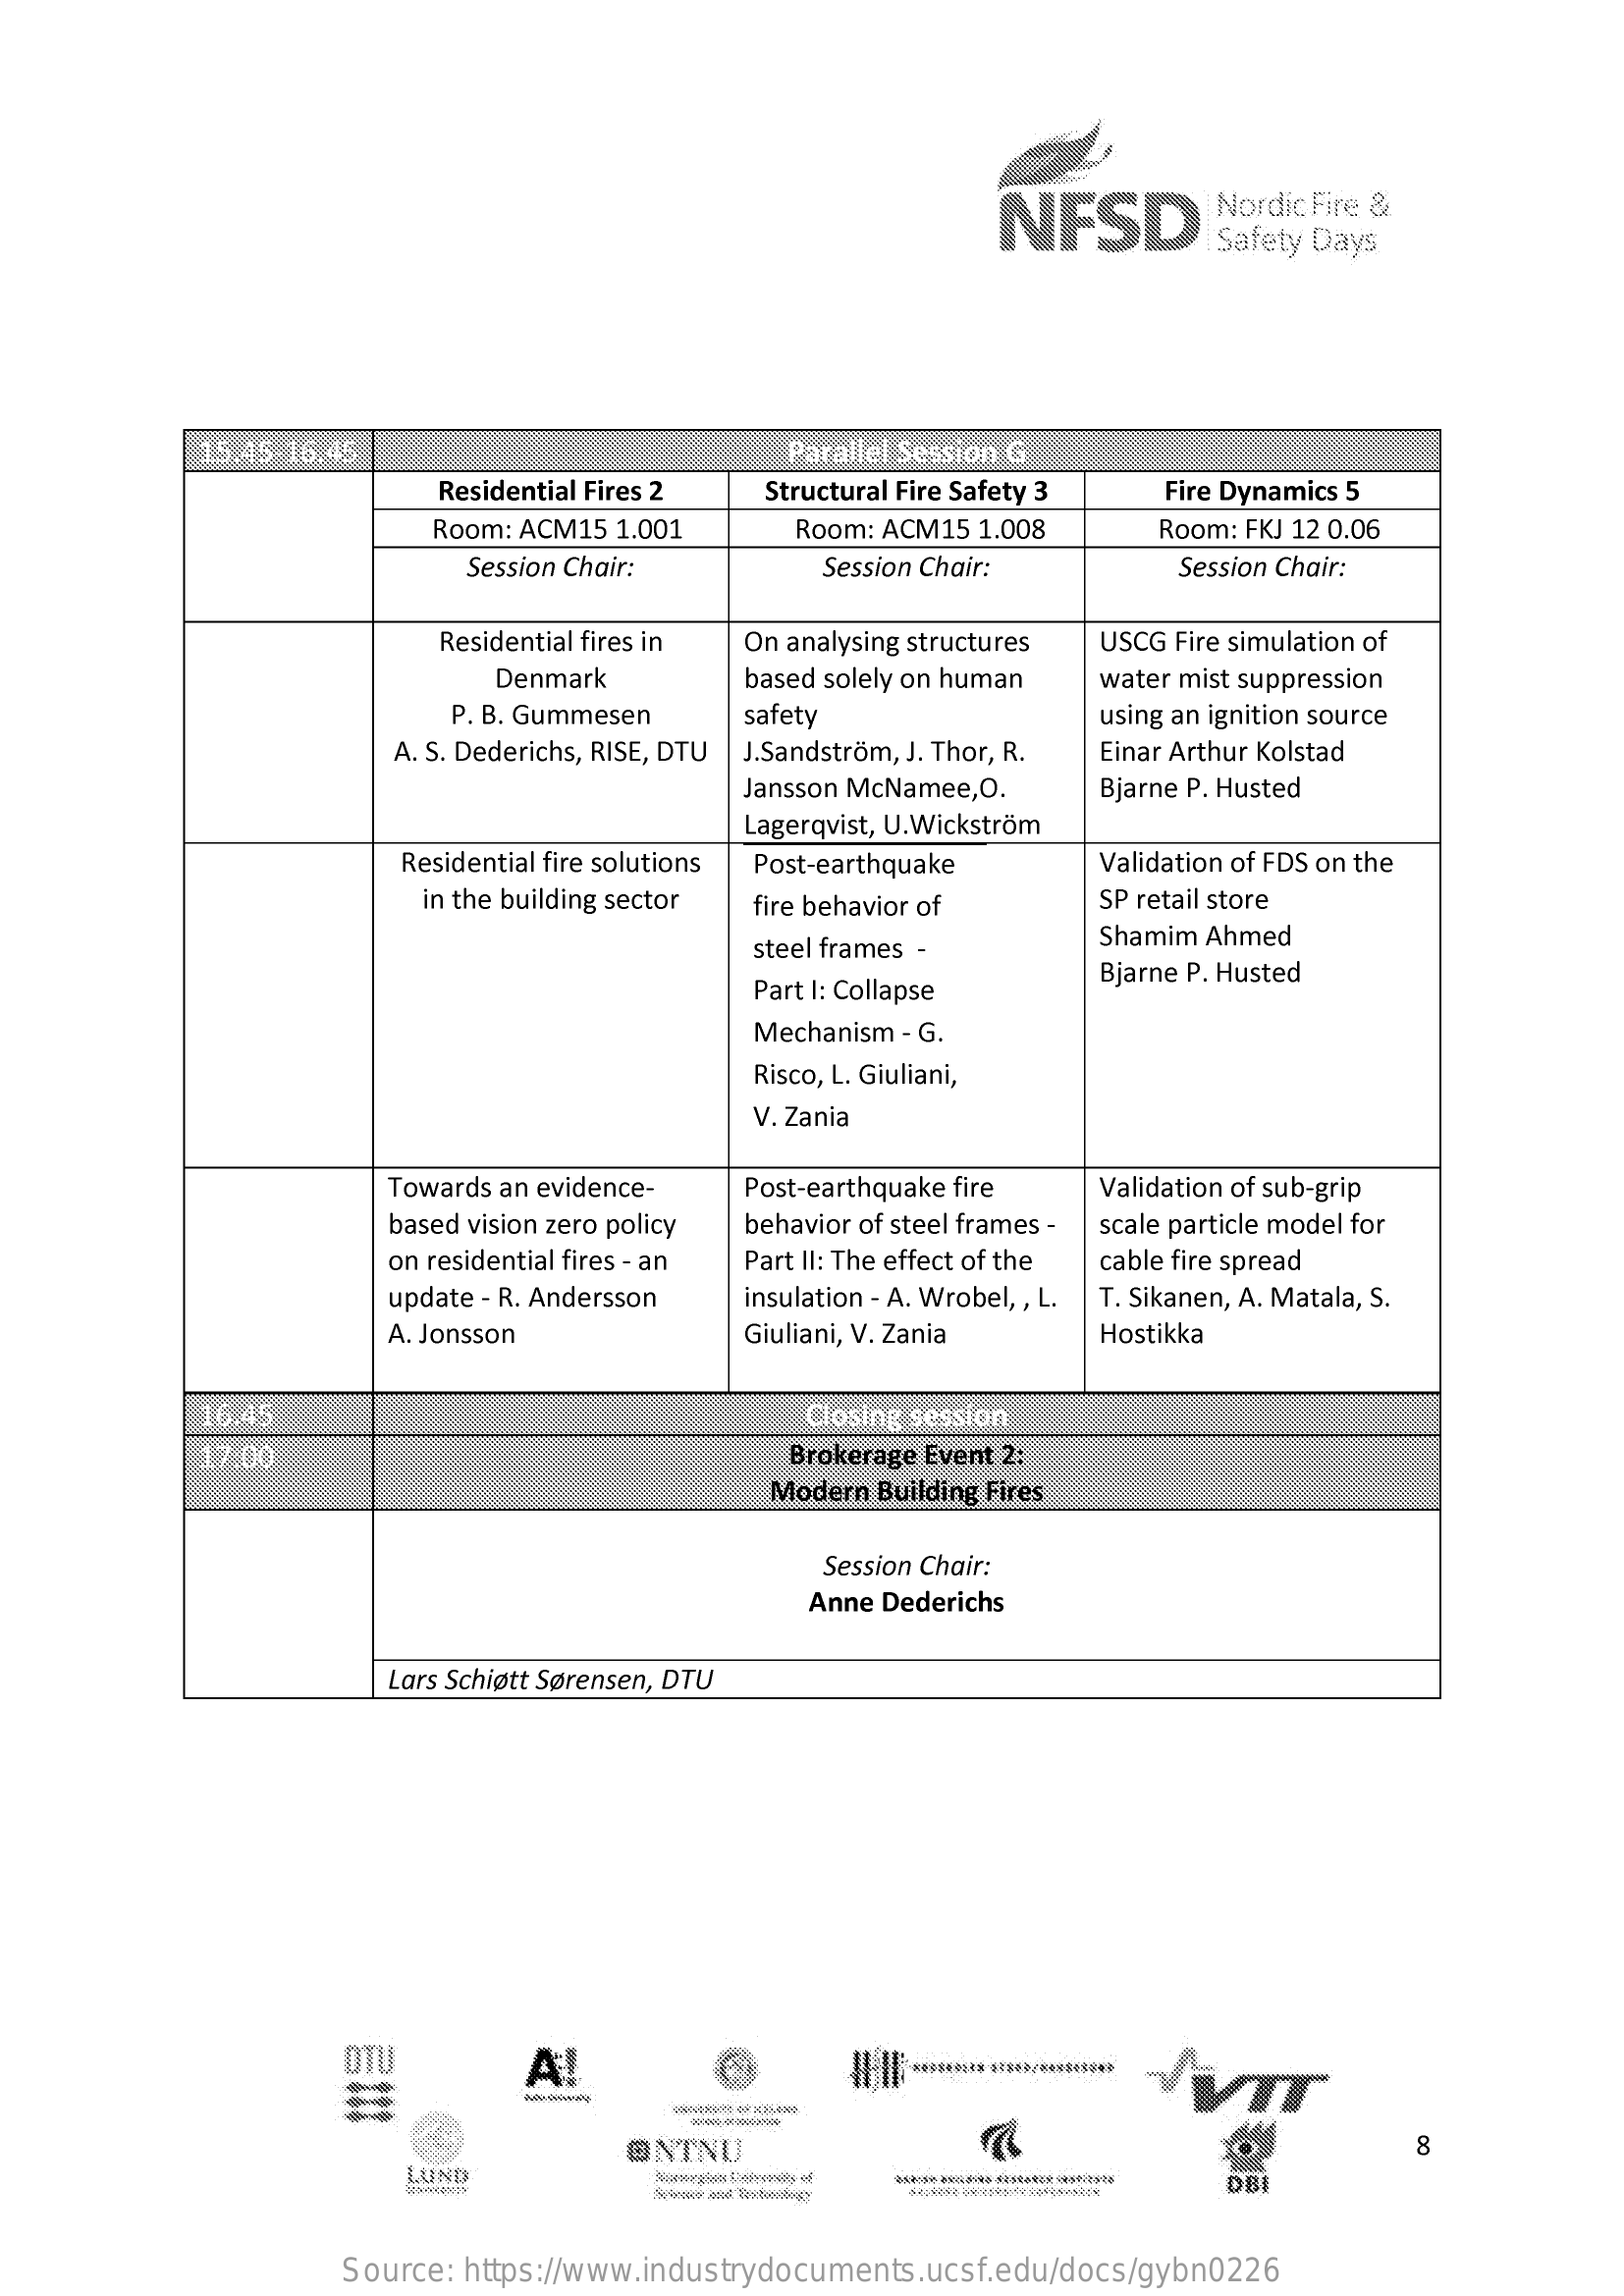
NFSD    Nordic Fire &
     Safety Days
     15.15-16.45    Parallel Session C
     Residential Fires 2  Structural Fire Safety 3  Fire Dynamics 5
     Room: ACM15 1.001    Room: ACM15 1.008    Room: FKJ 12 0.06
     Session Chair:    Session Chair:    Session Chair:
     Residential fires in On analysing structures USCG Fire simulation of
     Denmark    based solely on human water mist suppression
     P. B. Gummesen    safety    using an ignition source
     A. S. Dederichs, RISE, DTU J.Sandström, J. Thor, R. Einar Arthur Kolstad
     Jansson McNamee,O.    Bjarne P. Husted
     Lagerqvist, U.Wickström
     Residential fire solutions Post-earthquake   Validation of FDS on the
     in the building sector fire behavior of    SP retail store
     steel frames -    Shamim Ahmed
     Part I: Collapse
     Bjarne P. Husted
     Mechanism - G.
     Risco, L. Giuliani,
     V. Zania
     Towards an evidence-   Post-earthquake fire   Validation of sub-grip
     based vision zero policy behavior of steel frames - scale particle model for
     on residential fires - an Part II: The effect of the cable fire spread
     update - R. Andersson  insulation - A. Wrobel, , L. T. Sikanen, A. Matala, S.
     A. Jonsson    Giuliani, V. Zania    Hostikka
     16.45    Closing session
     17:00    Brokerage Event 2:
     Modern Building Fires
     Session Chair:
     Anne Dederichs
     Lars Schiøtt Sørensen, DTU
     OTU    A
     -
     -
     @NTNU    8
     LUND    DBI
     Source: https://www.industrydocuments.ucsf.edu/docs/gybn0226